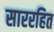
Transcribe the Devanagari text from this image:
साररहित